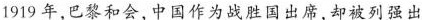
1919年，巴黎和会，中国作为战胜国出席，却被列强出